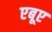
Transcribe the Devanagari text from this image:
एबूए